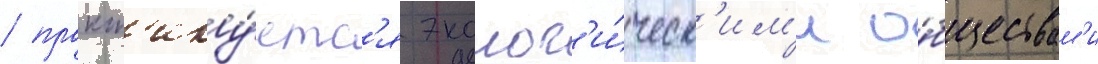
/ практ'ику́етс'я эколог'и́ческ'им'и о́бществам'и